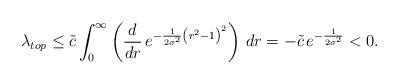
LaTeX: \begin{align*}\lambda_{top} \leq \tilde{c} \int_0^\infty \left( \frac{d}{dr} \, e^{- \frac{1}{2 \sigma^2} \left(r^2 -1\right)^2 } \right) \, dr = - \tilde{c} \, e^{-\frac{1}{2 \sigma^2}} <0.\end{align*}